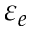
\varepsilon _ { e }